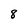
Character: 8